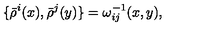
\{ \bar { \rho } ^ { i } ( x ) , \bar { \rho } ^ { j } ( y ) \} = \omega _ { i j } ^ { - 1 } ( x , y ) ,